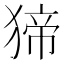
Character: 𤟾